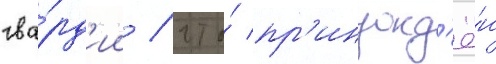
гва́рд'ии / что́ пр'инужд'ё́н